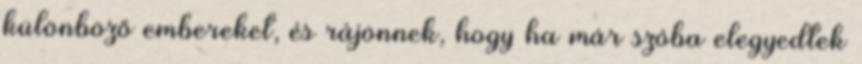
különböző embereket, és rájönnek, hogy ha már szóba elegyedtek